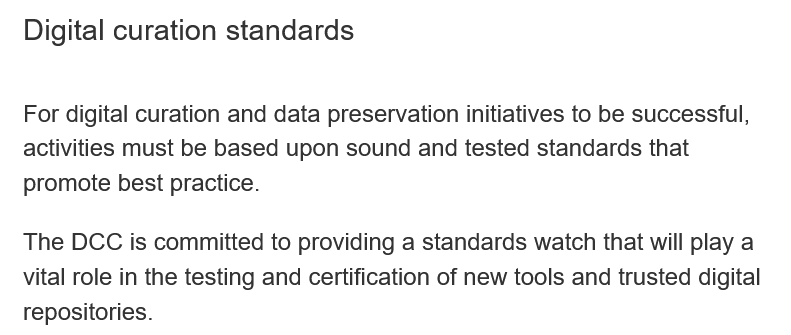
Digital curation standards
   For digital curation and data preservation initiatives to be successful,
   activities must be based upon sound and tested standards that
   promote best practice.
   The DCC is committed to providing a standards watch that will play a
   vital role in the testing and certification of new tools and trusted digital
   repositories.